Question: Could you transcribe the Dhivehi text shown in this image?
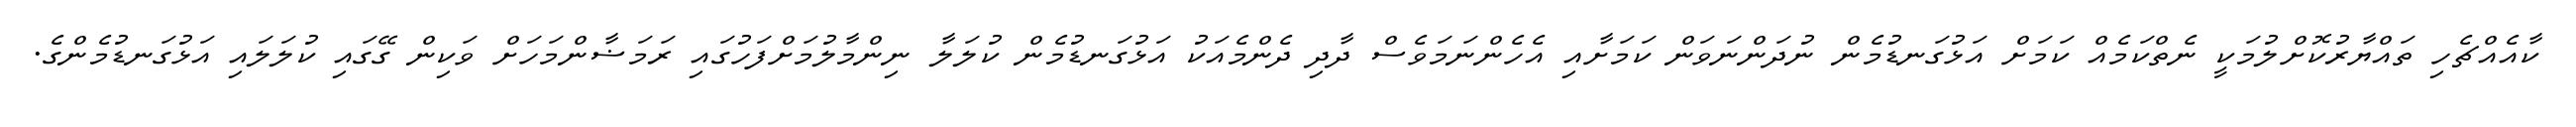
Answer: ކާއެއްޗެހި ތައްޔާރުކޮށްލުމަކީ ނެތްކަމެއް ކަމަށް އަޅުގަނޑުމެން ނުދަންނަވަން ކަމަށާއި އެހެންނަމަވެސް ދާދި ދެންމެއަކު އަޅުގަނޑުމެން ކުލަލާ ނިންމާލުމަށްފަހުގައި ރަމަޟާންމަހަށް ވަކިން ގޭގައި ކުލަލައި އަޅުގަނޑުމެންގެ.